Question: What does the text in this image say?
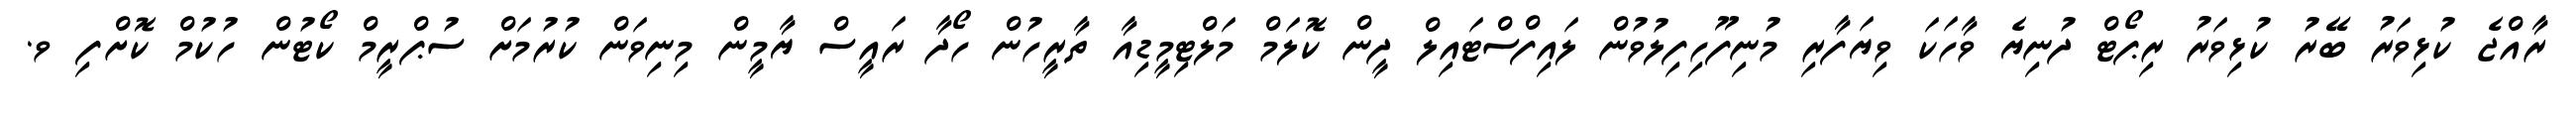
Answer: ރާއްޖެ ކުޅިވަރު ބޭރު ކުޅިވަރު ރިޕޯޓް ދުނިޔެ ވާހަކަ ވިޔަފާރި މުނިފޫހިފިލުވުން ލައިފްސްޓައިލް ދީން ކޮލަމް މަލްޓިމީޑިއާ ތާރީހުން ހޯދާ ރައީސް ޔާމީން މިނިވަން ކުރުމަށް ސުޕްރީމް ކޯޓުން ހުކުމް ކޮށްފި ވ.